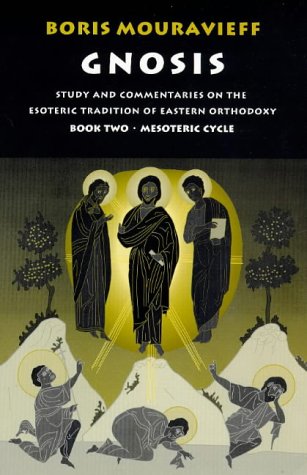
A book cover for Gnosis: The Mesoteric Cycle (Book 2); Boris Mouravieff; Christian Books & Bibles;